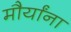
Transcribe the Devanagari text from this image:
मौर्यांना